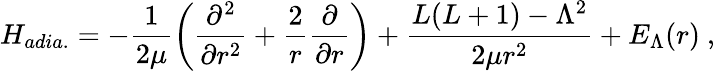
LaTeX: H_{adia.}=-{\frac{1}{2\mu}}\bigg({\frac{\partial^{2}}{\partial r^{2}}}+{\frac{2}{r}}{\frac{\partial}{\partial r}}\bigg)+{\frac{L(L+1)-\Lambda^{2}}{2\mu r^{2}}}+E_{\Lambda}(r)\ ,